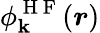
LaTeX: \phi_{\mathbf{k}}^{\mathrm{{~H~F~}}}({\boldsymbol{r}})